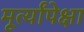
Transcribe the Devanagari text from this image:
मूर्त्यांपेक्षा